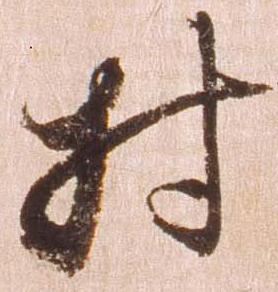
村